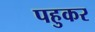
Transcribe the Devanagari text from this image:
पहुकर